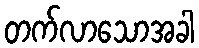
တက်လာသောအခါ